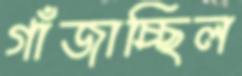
গাঁজাচ্ছিল